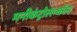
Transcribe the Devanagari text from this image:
मनीकंट्रोल॰कॉम